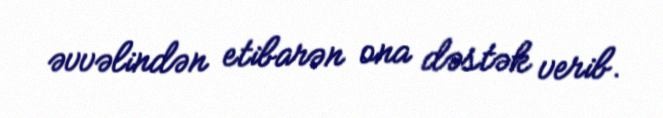
əvvəlindən etibarən ona dəstək verib.